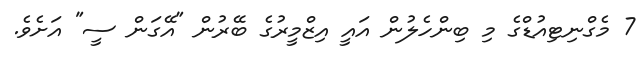
7 މެގްނިޓިއުޑްގެ މި ބިންހެލުން އައީ އިޒްމީރުގެ ބޭރުން "އޭގަން ސީ" އަށެވެ.